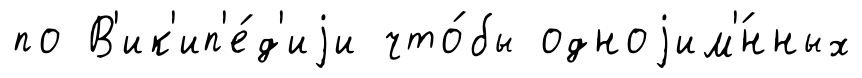
по В'ик'ип'е́д'иjи что́бы одноjим'́нных